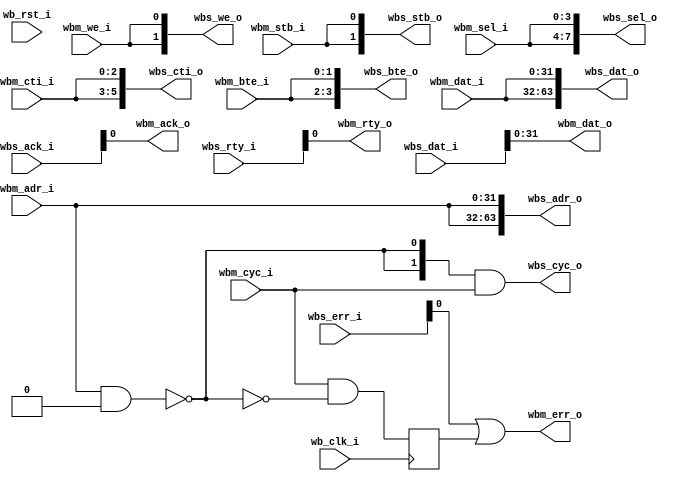
module wb_mux
  #(parameter dw = 32,        // Data width
    parameter aw = 32,        // Address width
    parameter num_slaves = 2, // Number of slaves
    parameter [num_slaves*aw-1:0] MATCH_ADDR = 0,
    parameter [num_slaves*aw-1:0] MATCH_MASK = 0)

   (input                      wb_clk_i,
    input 		       wb_rst_i,

    // Master Interface
    input [aw-1:0] 	       wbm_adr_i,
    input [dw-1:0] 	       wbm_dat_i,
    input [3:0] 	       wbm_sel_i,
    input 		       wbm_we_i,
    input 		       wbm_cyc_i,
    input 		       wbm_stb_i,
    input [2:0] 	       wbm_cti_i,
    input [1:0] 	       wbm_bte_i,
    output [dw-1:0] 	       wbm_dat_o,
    output 		       wbm_ack_o,
    output 		       wbm_err_o,
    output 		       wbm_rty_o,
    // Wishbone Slave interface
    output [num_slaves*aw-1:0] wbs_adr_o,
    output [num_slaves*dw-1:0] wbs_dat_o,
    output [num_slaves*4-1:0]  wbs_sel_o,
    output [num_slaves-1:0]    wbs_we_o,
    output [num_slaves-1:0]    wbs_cyc_o,
    output [num_slaves-1:0]    wbs_stb_o,
    output [num_slaves*3-1:0]  wbs_cti_o,
    output [num_slaves*2-1:0]  wbs_bte_o,
    input [num_slaves*dw-1:0]  wbs_dat_i,
    input [num_slaves-1:0]     wbs_ack_i,
    input [num_slaves-1:0]     wbs_err_i,
    input [num_slaves-1:0]     wbs_rty_i);

///////////////////////////////////////////////////////////////////////////////
// Master/slave connection
///////////////////////////////////////////////////////////////////////////////

   //Use parameter instead of localparam to work around a bug in Xilinx ISE
   parameter slave_sel_bits = num_slaves > 1 ? $clog2(num_slaves) : 1;

   reg  			 wbm_err;
   wire [slave_sel_bits-1:0] 	 slave_sel;
   wire [num_slaves-1:0] 	 match;

   genvar 			 idx;

   generate
      for(idx=0; idx<num_slaves ; idx=idx+1) begin : addr_match
	 assign match[idx] = (wbm_adr_i & MATCH_MASK[idx*aw+:aw]) == MATCH_ADDR[idx*aw+:aw];
      end
   endgenerate

//
// Find First 1 - Start from MSB and count downwards, returns 0 when no bit set
//
   function [slave_sel_bits-1:0] ff1;
      input [num_slaves-1:0] in;
      integer 		     i;

      begin
	 ff1 = 0;
	 for (i = num_slaves-1; i >= 0; i=i-1) begin
	    if (in[i])
/* verilator lint_off WIDTH */
	      ff1 = i;
/* verilator lint_on WIDTH */
	 end
      end
   endfunction

   assign slave_sel = ff1(match);

   always @(posedge wb_clk_i)
     wbm_err <= wbm_cyc_i & !(|match);

   assign wbs_adr_o = {num_slaves{wbm_adr_i}};
   assign wbs_dat_o = {num_slaves{wbm_dat_i}};
   assign wbs_sel_o = {num_slaves{wbm_sel_i}};
   assign wbs_we_o  = {num_slaves{wbm_we_i}};
/* verilator lint_off WIDTH */

   assign wbs_cyc_o = match & (wbm_cyc_i << slave_sel);
/* verilator lint_on WIDTH */
   assign wbs_stb_o = {num_slaves{wbm_stb_i}};

   assign wbs_cti_o = {num_slaves{wbm_cti_i}};
   assign wbs_bte_o = {num_slaves{wbm_bte_i}};

   assign wbm_dat_o = wbs_dat_i[slave_sel*dw+:dw];
   assign wbm_ack_o = wbs_ack_i[slave_sel];
   assign wbm_err_o = wbs_err_i[slave_sel] | wbm_err;
   assign wbm_rty_o = wbs_rty_i[slave_sel];

endmodule